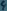
Text: 4